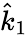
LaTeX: \hat{k}_{1}